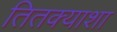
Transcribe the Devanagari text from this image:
तितक्याशा